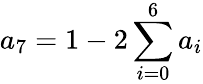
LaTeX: a_{7}=1-2\sum_{i=0}^{6}a_{i}